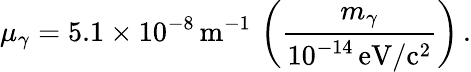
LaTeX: \mu_{\gamma}=5.1\times 10^{-8}\, \mathrm{m}^{-1}\, \left(\frac{m_{\gamma}}{10^{-14}\, \mathrm{eV/c^{2}}}\right)\, .